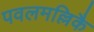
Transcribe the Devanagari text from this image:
पवलमल्लिकै